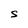
Character: S